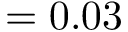
= 0 . 0 3